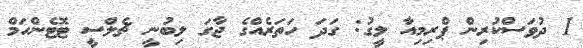
1 ދުވަަސްކުރިން ޕްރިމިއާ ލީގު: ގަދަ ހަތަރެއްގެ ޖާގަ ލިބުނީ ޗެލްސީ ޓޮޓެންހަމް